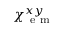
\chi _ { \mathrm { ~ e ~ m ~ } } ^ { x y }